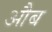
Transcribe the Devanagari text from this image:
औब